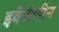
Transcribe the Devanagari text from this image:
इवैजेलीन